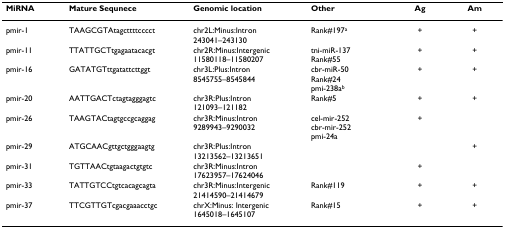
<table><thead><tr><td><b>MiRNA</b></td><td><b>Mature Sequnece</b></td><td><b>Genomic location</b></td><td><b>Other</b></td><td><b>Ag</b></td><td><b>Am</b></td></tr></thead><tbody><tr><td>pmir-1</td><td>TAAGCGTAtagcttttcccct</td><td>chr2L:Minus:Intron243041–243130</td><td>Rank#197<sup>a</sup></td><td>+</td><td>+</td></tr><tr><td>pmir-11</td><td>TTATTGCTtgagaatacacgt</td><td>chr2R:Minus:Intergenic11580118–11580207</td><td>tni-miR-137Rank#55</td><td>+</td><td>+</td></tr><tr><td>pmir-16</td><td>GATATGTttgatattcttggt</td><td>chr3L:Plus:Intron8545755–8545844</td><td>cbr-miR-50Rank#24pmi-238a<sup>b</sup></td><td>+</td><td>+</td></tr><tr><td>pmir-20</td><td>AATTGACTctagtagggagtc</td><td>chr3R:Plus:Intron121093–121182</td><td>Rank#5</td><td>+</td><td>+</td></tr><tr><td>pmir-26</td><td>TAAGTACtagtgccgcaggag</td><td>chr3R:Minus:Intron9289943–9290032</td><td>cel-mir-252cbr-mir-252pmi-24a</td><td>+</td><td></td></tr><tr><td>pmir-29</td><td>ATGCAACgttgctgggaagtg</td><td>chr3R:Plus:Intron13213562–13213651</td><td></td><td></td><td>+</td></tr><tr><td>pmir-31</td><td>TGTTAACtgtaagactgtgtc</td><td>chr3R:Minus:Intron17623957–17624046</td><td></td><td>+</td><td></td></tr><tr><td>pmir-33</td><td>TATTGTCCtgtcacagcagta</td><td>chr3R:Minus:Intergenic21414590–21414679</td><td>Rank#119</td><td>+</td><td>+</td></tr><tr><td>pmir-37</td><td>TTCGTTGTcgacgaaacctgc</td><td>chrX:Minus: Intergenic1645018–1645107</td><td>Rank#15</td><td>+</td><td>+</td></tr></tbody></table>